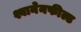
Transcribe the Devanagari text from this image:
श्वानेनफील्ड